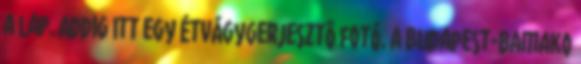
a lap. Addig itt egy étvágygerjesztô fotó. A Budapest-Bamako